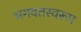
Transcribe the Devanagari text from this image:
भगवतस्वरूप